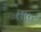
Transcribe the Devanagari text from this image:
१९९९४